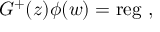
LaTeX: G ^ { + } ( z ) \phi ( w ) = \mathrm { r e g } ~ ,